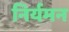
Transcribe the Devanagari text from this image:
निर्यमन